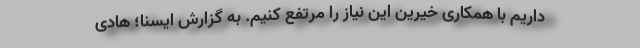
داریم با همکاری خیرین این نیاز را مرتفع کنیم. به گزارش ایسنا؛ هادی